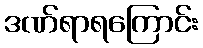
ဒဏ်ရာရကြောင်း